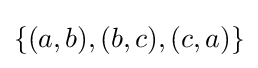
\{(a,b),(b,c),(c,a)\}